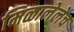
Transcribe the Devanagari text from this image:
मिळालेलेच